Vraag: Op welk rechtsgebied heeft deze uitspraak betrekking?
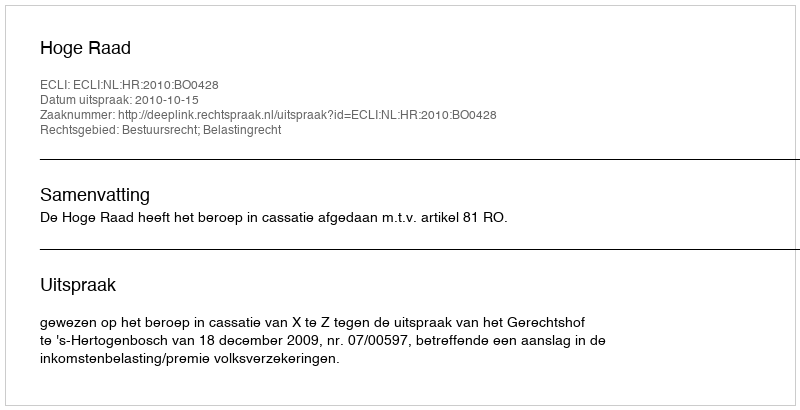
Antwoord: Bestuursrecht; Belastingrecht